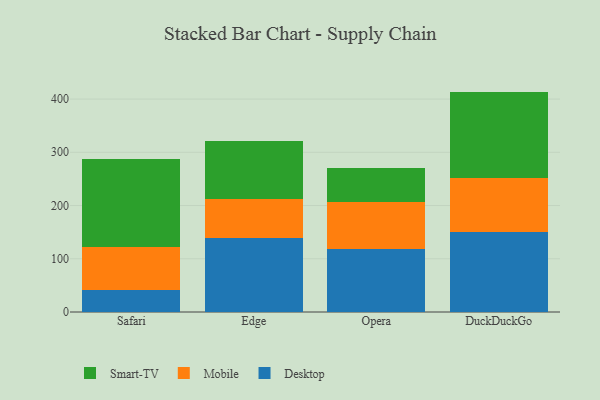
{"axis": {"x": "Browser", "y": "Churn Rate (%)"}, "legend": ["Desktop", "Mobile", "Smart-TV"], "data": [{"x": "Safari", "y": 41.5, "type": "Desktop"}, {"x": "Safari", "y": 79.7, "type": "Mobile"}, {"x": "Safari", "y": 166.6, "type": "Smart-TV"}, {"x": "Edge", "y": 138.4, "type": "Desktop"}, {"x": "Edge", "y": 73.7, "type": "Mobile"}, {"x": "Edge", "y": 108.9, "type": "Smart-TV"}, {"x": "Opera", "y": 117.9, "type": "Desktop"}, {"x": "Opera", "y": 89.1, "type": "Mobile"}, {"x": "Opera", "y": 62.8, "type": "Smart-TV"}, {"x": "DuckDuckGo", "y": 149.9, "type": "Desktop"}, {"x": "DuckDuckGo", "y": 101.2, "type": "Mobile"}, {"x": "DuckDuckGo", "y": 162.9, "type": "Smart-TV"}]}